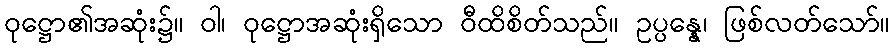
ဝုဋ္ဌော၏အဆုံး၌။ ဝါ၊ ဝုဋ္ဌောအဆုံးရှိသော ဝီထိစိတ်သည်။ ဥပ္ပန္နေ၊ ဖြစ်လတ်သော်။